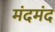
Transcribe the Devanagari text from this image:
मंदमंद